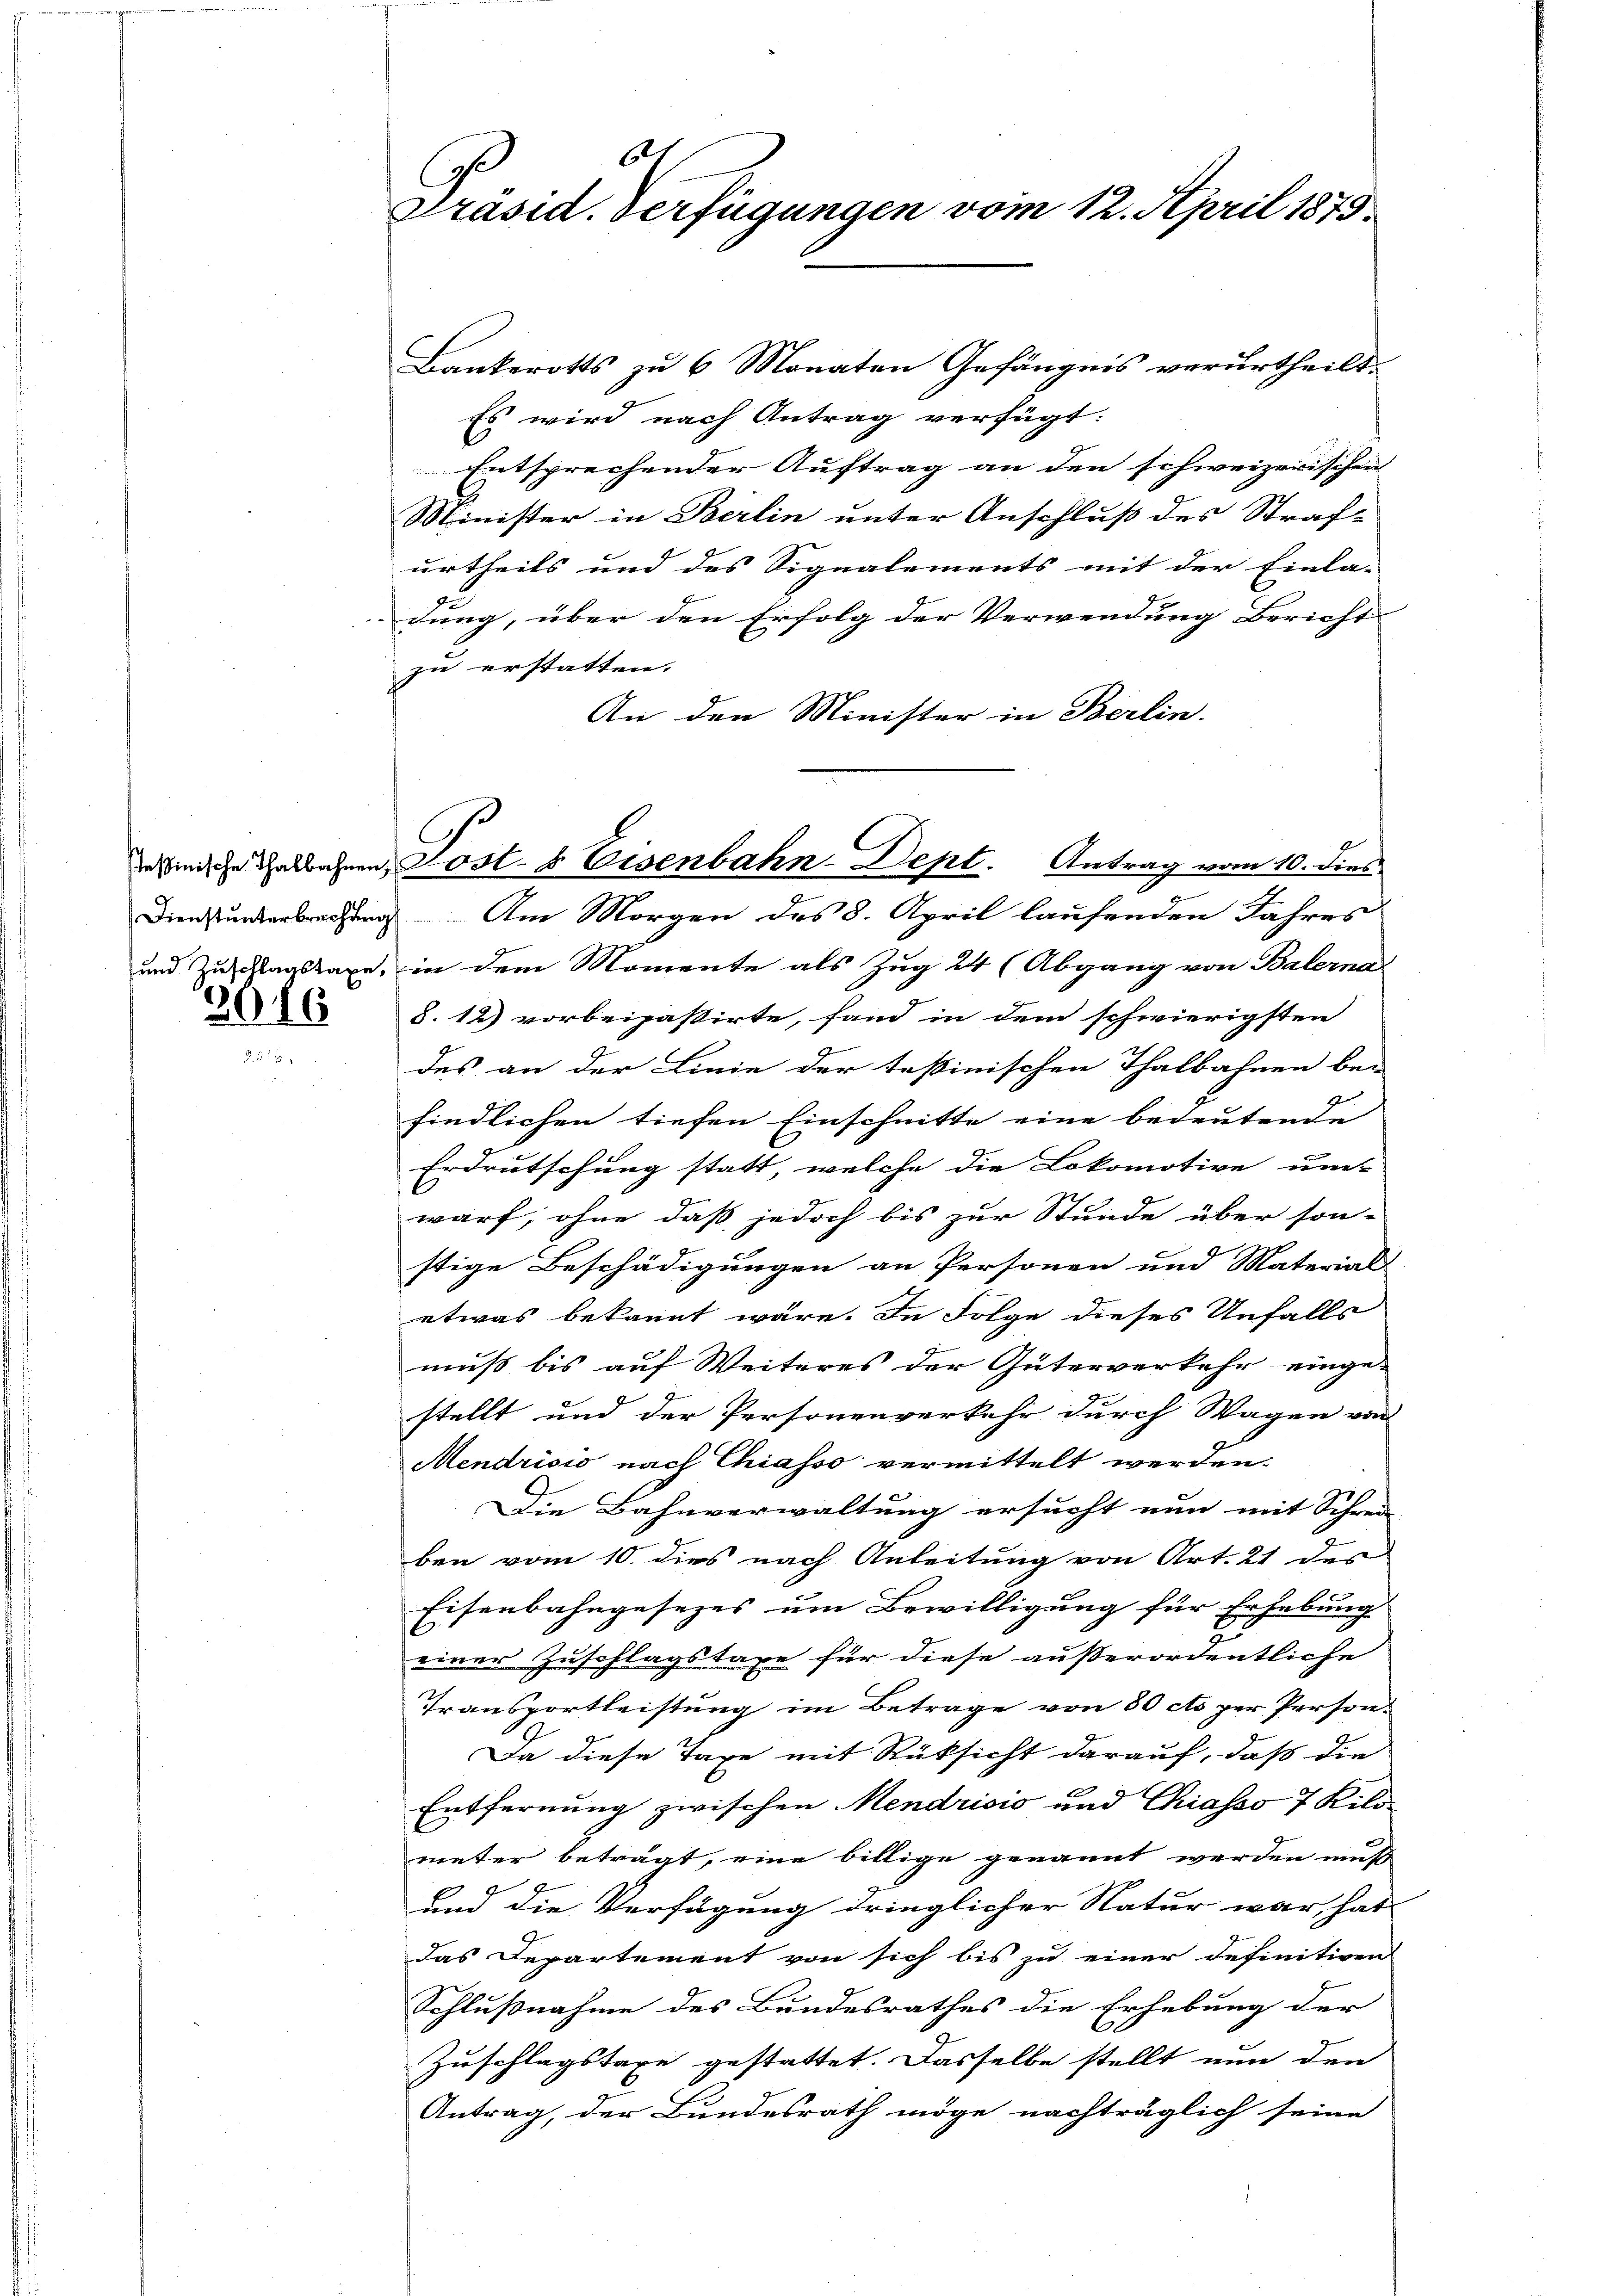
2016

e
Präsid. Verfügungen vom 12. April 1875

Bankerotts zu 6 Monaten Gefängnis verurtheilt.
Es wird nach Antrag verfügt:
Entsprechender Auftrag an den schweizerischen
Minister in Berlin unter Anschluß des Straf-
urtheils und des Signalements mit der Einla-
d
dung, über den Erfolg der Verwendung Bericht
zu erstatten.
An den Minister in Berlin.
Dienstunderbrechung. Am Morgen des 8. April laufenden Jahres
und Zuschlagstaxe, in dem Momente als Zug 24 (Abgang von Balerna
§. 12) vorbeipastirte, fand in dem schwierigsten
des an der Linie der Tessinischen Thalbahnen bei
findlichen tiefen Einschnitte eine bedeutende
Erdrutschung statt, welche die Lokomotive um-
warf, ohne daß jedoch bis zur Stunde über son-
stige Beschädigungen an Personen und Material
etwas bekannt wäre. In Folge dieses Unfalls
muß bis auf Weiteres der Güterverkehr einge-
stellt und der Personenverkehr durch Wagen von
Mendrisis nach Chiasso vermittelt werden.
Die Bahnverwaltung ersucht nun mit Schrei- |
ben vom 10. dies nach Anleitung von Art. 21 des
Eisenbahngesezes um Bewilligung für Erhebung
einer Zuschlagstaxe für diese außerordentliche
Transportleistung im Betrage von 80 cto per Person-
Da diese Taxe mit Rücksicht darauf, daß die
Entfernung zwischen Mendrisio und Chiasso 7 Kilometer beträgt, eine billige genannt werden muß
und die Verfügung dringlicher Natur war, hat
das Departement von sich bis zu einer definitiven
Schlußnahme des Bundesrathes die Erhebung der
Zuschlagstaxe gestattet. Dasselbe stellt nun den
Antrag, der Bundesrath möge nachträglich seine

anische Thalbahnen Post- & Eisenbahn-Dept. Antrag vom 10. dies